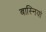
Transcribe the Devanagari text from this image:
बास्नियां